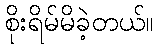
စိုးရိမ်မိခဲ့တယ်။